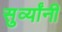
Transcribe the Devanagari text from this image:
सुर्व्यांनी